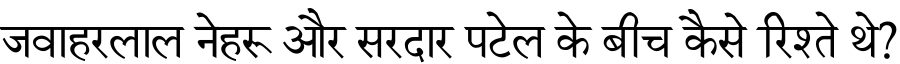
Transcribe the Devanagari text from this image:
जवाहरलाल नेहरू और सरदार पटेल के बीच कैसे रिश्ते थे?